Annual administration report of the Civil Veterinary Department, Ajmere-Merwara, British Rajputana - 1914-1940
Year: 1914
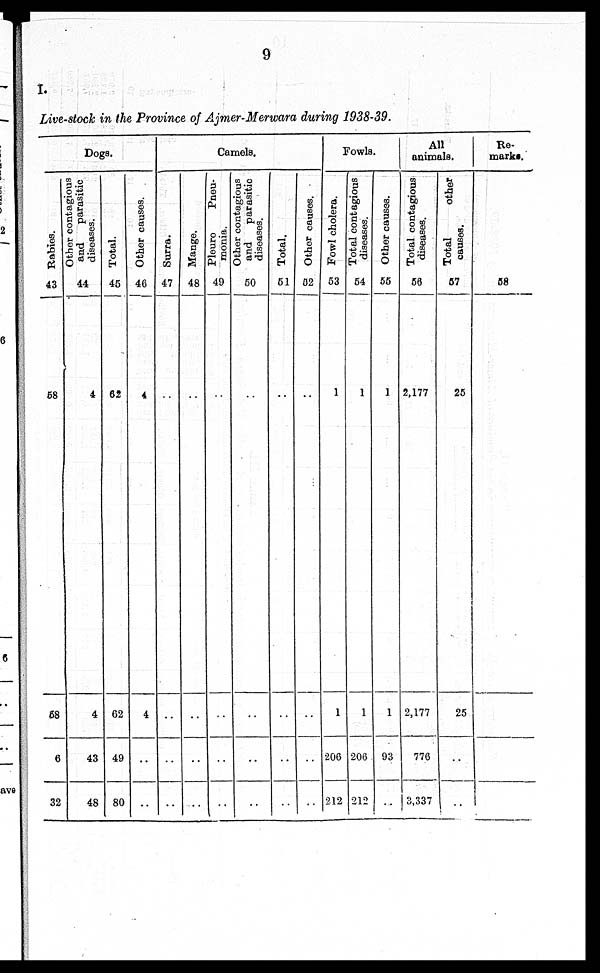
9
I.
Live-stock in the Province of Ajmer-Merwara during 1938-39.
Dogs.
Rabies.
43
58
68
6
32
Other contagious
and
parasitic
diseases.
44
4
4
43
48
Total.
45
62
62
49
80
Other causes.
46
4
4
..
..
Camels.
Surra.
47
..
..
..
..
Mange.
48
..
..
..
..
Pleuro
Pneu-
monia.
49
..
..
..
..
Other contagious
and
parasitic
diseases.
50
..
..
..
..
Total.
51
..
..
..
..
Other causes.
52
..
..
..
..
Fowls.
Fowl cholera.
53
1
1
206
212
Total contagious
diseases.
54
1
1
206
212
Other causes.
55
1
1
93
..
All
animals.
Total contagious
diseases.
56
2,177
2,177
776
3,337
Total
other
causes.
57
25
25
..
..
Re-
marks.
58